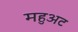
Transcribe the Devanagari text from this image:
महुअट